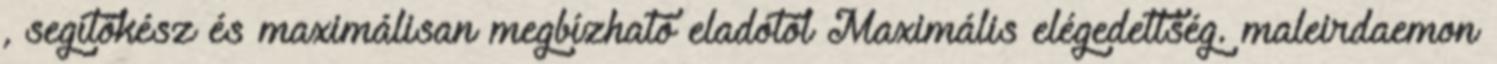
, segítőkész és maximálisan megbízható eladótól Maximális elégedettség. maleirdaemon